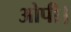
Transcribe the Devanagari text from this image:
ओपी।